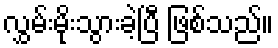
လွှမ်းမိုးသွားခဲ့ပြီ ဖြစ်သည်။